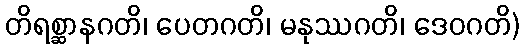
တိရစ္ဆာနဂတိ၊ ပေတဂတိ၊ မနုဿဂတိ၊ ဒေဝဂတိ)